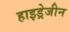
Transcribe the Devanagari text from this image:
हाइड्रेजीन